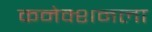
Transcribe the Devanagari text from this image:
कनेक्शनला